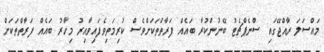
މައްސަލަ ރާއްޖޭގައި ސްނެޕްޗެޓު ބޭނުންކުރާ ބައެއް ފަރާތްތަކަށްވެސް ކުރިމަތިވެފައިވާއިރު މިހާރު ބައެއް ފަރާތްތަކަށް